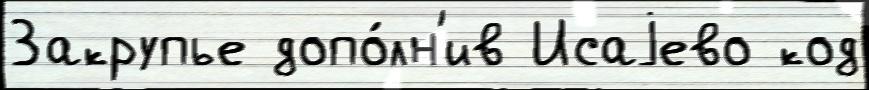
Закрупье допо́лн'ив Исаjево код